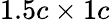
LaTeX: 1.5c\times 1c